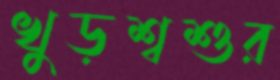
খুড়শ্বশুর